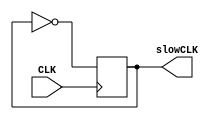
`timescale 1ns / 1ps


// This component takes a clock and produces another
// clock which has twice the period.

module clock_splitter(
    input CLK,
	 output reg slowCLK
    );
	 
	 initial
		slowCLK <= 0;

	always @ (posedge CLK)
		slowCLK <= ~slowCLK;

endmodule